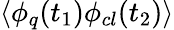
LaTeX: \langle\phi_{q}(t_{1})\phi_{cl}(t_{2})\rangle